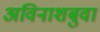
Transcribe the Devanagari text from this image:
अविनाशबुवा